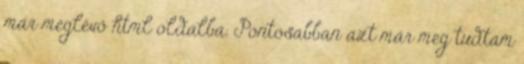
már meglévő html oldalba. Pontosabban azt már meg tudtam